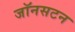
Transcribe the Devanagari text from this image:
जॉनसटन